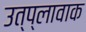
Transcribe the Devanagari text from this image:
उत्प्लावाक